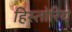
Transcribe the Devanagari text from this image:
हिस्तोरिये